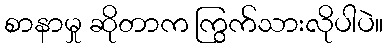
စာနာမှု ဆိုတာက ကြွက်သားလိုပါပဲ။